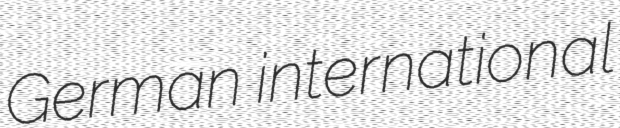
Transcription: German international